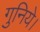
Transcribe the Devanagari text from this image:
गुनिये।